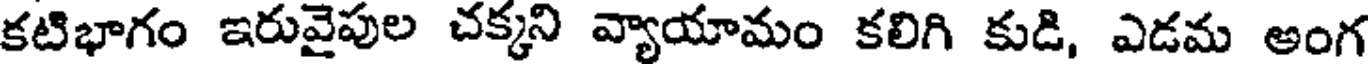
కటిభాగం ఇరువైపుల చక్కని వ్యాయామం కలిగి కుడి, ఎడమ అంగ